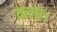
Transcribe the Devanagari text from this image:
कल्प।